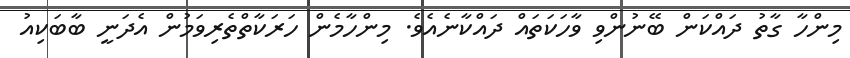
މިންހާ ގާތު ދައްކަން ބޭނުންވި ވާހަކަތައް ދައްކާނެއެވެ. މިންހާމެން ހަރަކާތްތެރިވަމުން އެދަނީ ބާބަކިއު